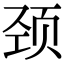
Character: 颈